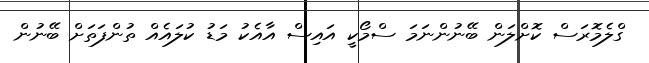
ގްލެމޮރަސް ކޮށްލަން ބޭނުންނަމަ ސްމޯކީ އައިސް އާއެކު މަޑު ކުލައެއް ތުންފަތަށް ބޭނުން